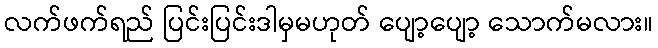
လက်ဖက်ရည် ပြင်းပြင်းဒါမှမဟုတ် ပျော့ပျော့ သောက်မလား။